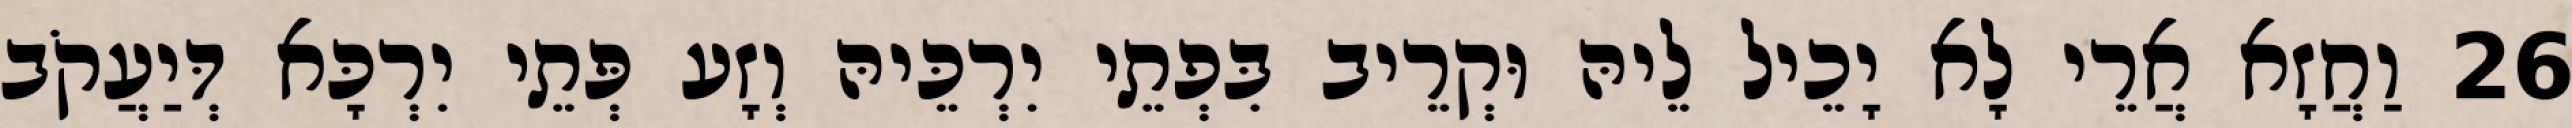
26 וַחֲזָא אֲרֵי לָא יָכֵיל לֵיהּ וּקְרֵיב בִּפְתֵי יִרְכֵּיהּ וְזָע פְּתֵי יִרְכָּא דְּיַעֲקֹב